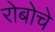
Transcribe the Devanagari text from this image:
रोबोचे